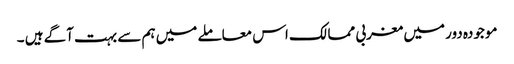
موجودہ دور میں مغربی ممالک اس معاملے میں ہم سے بہت آگے ہیں ۔